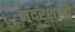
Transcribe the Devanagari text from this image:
मदरशाची